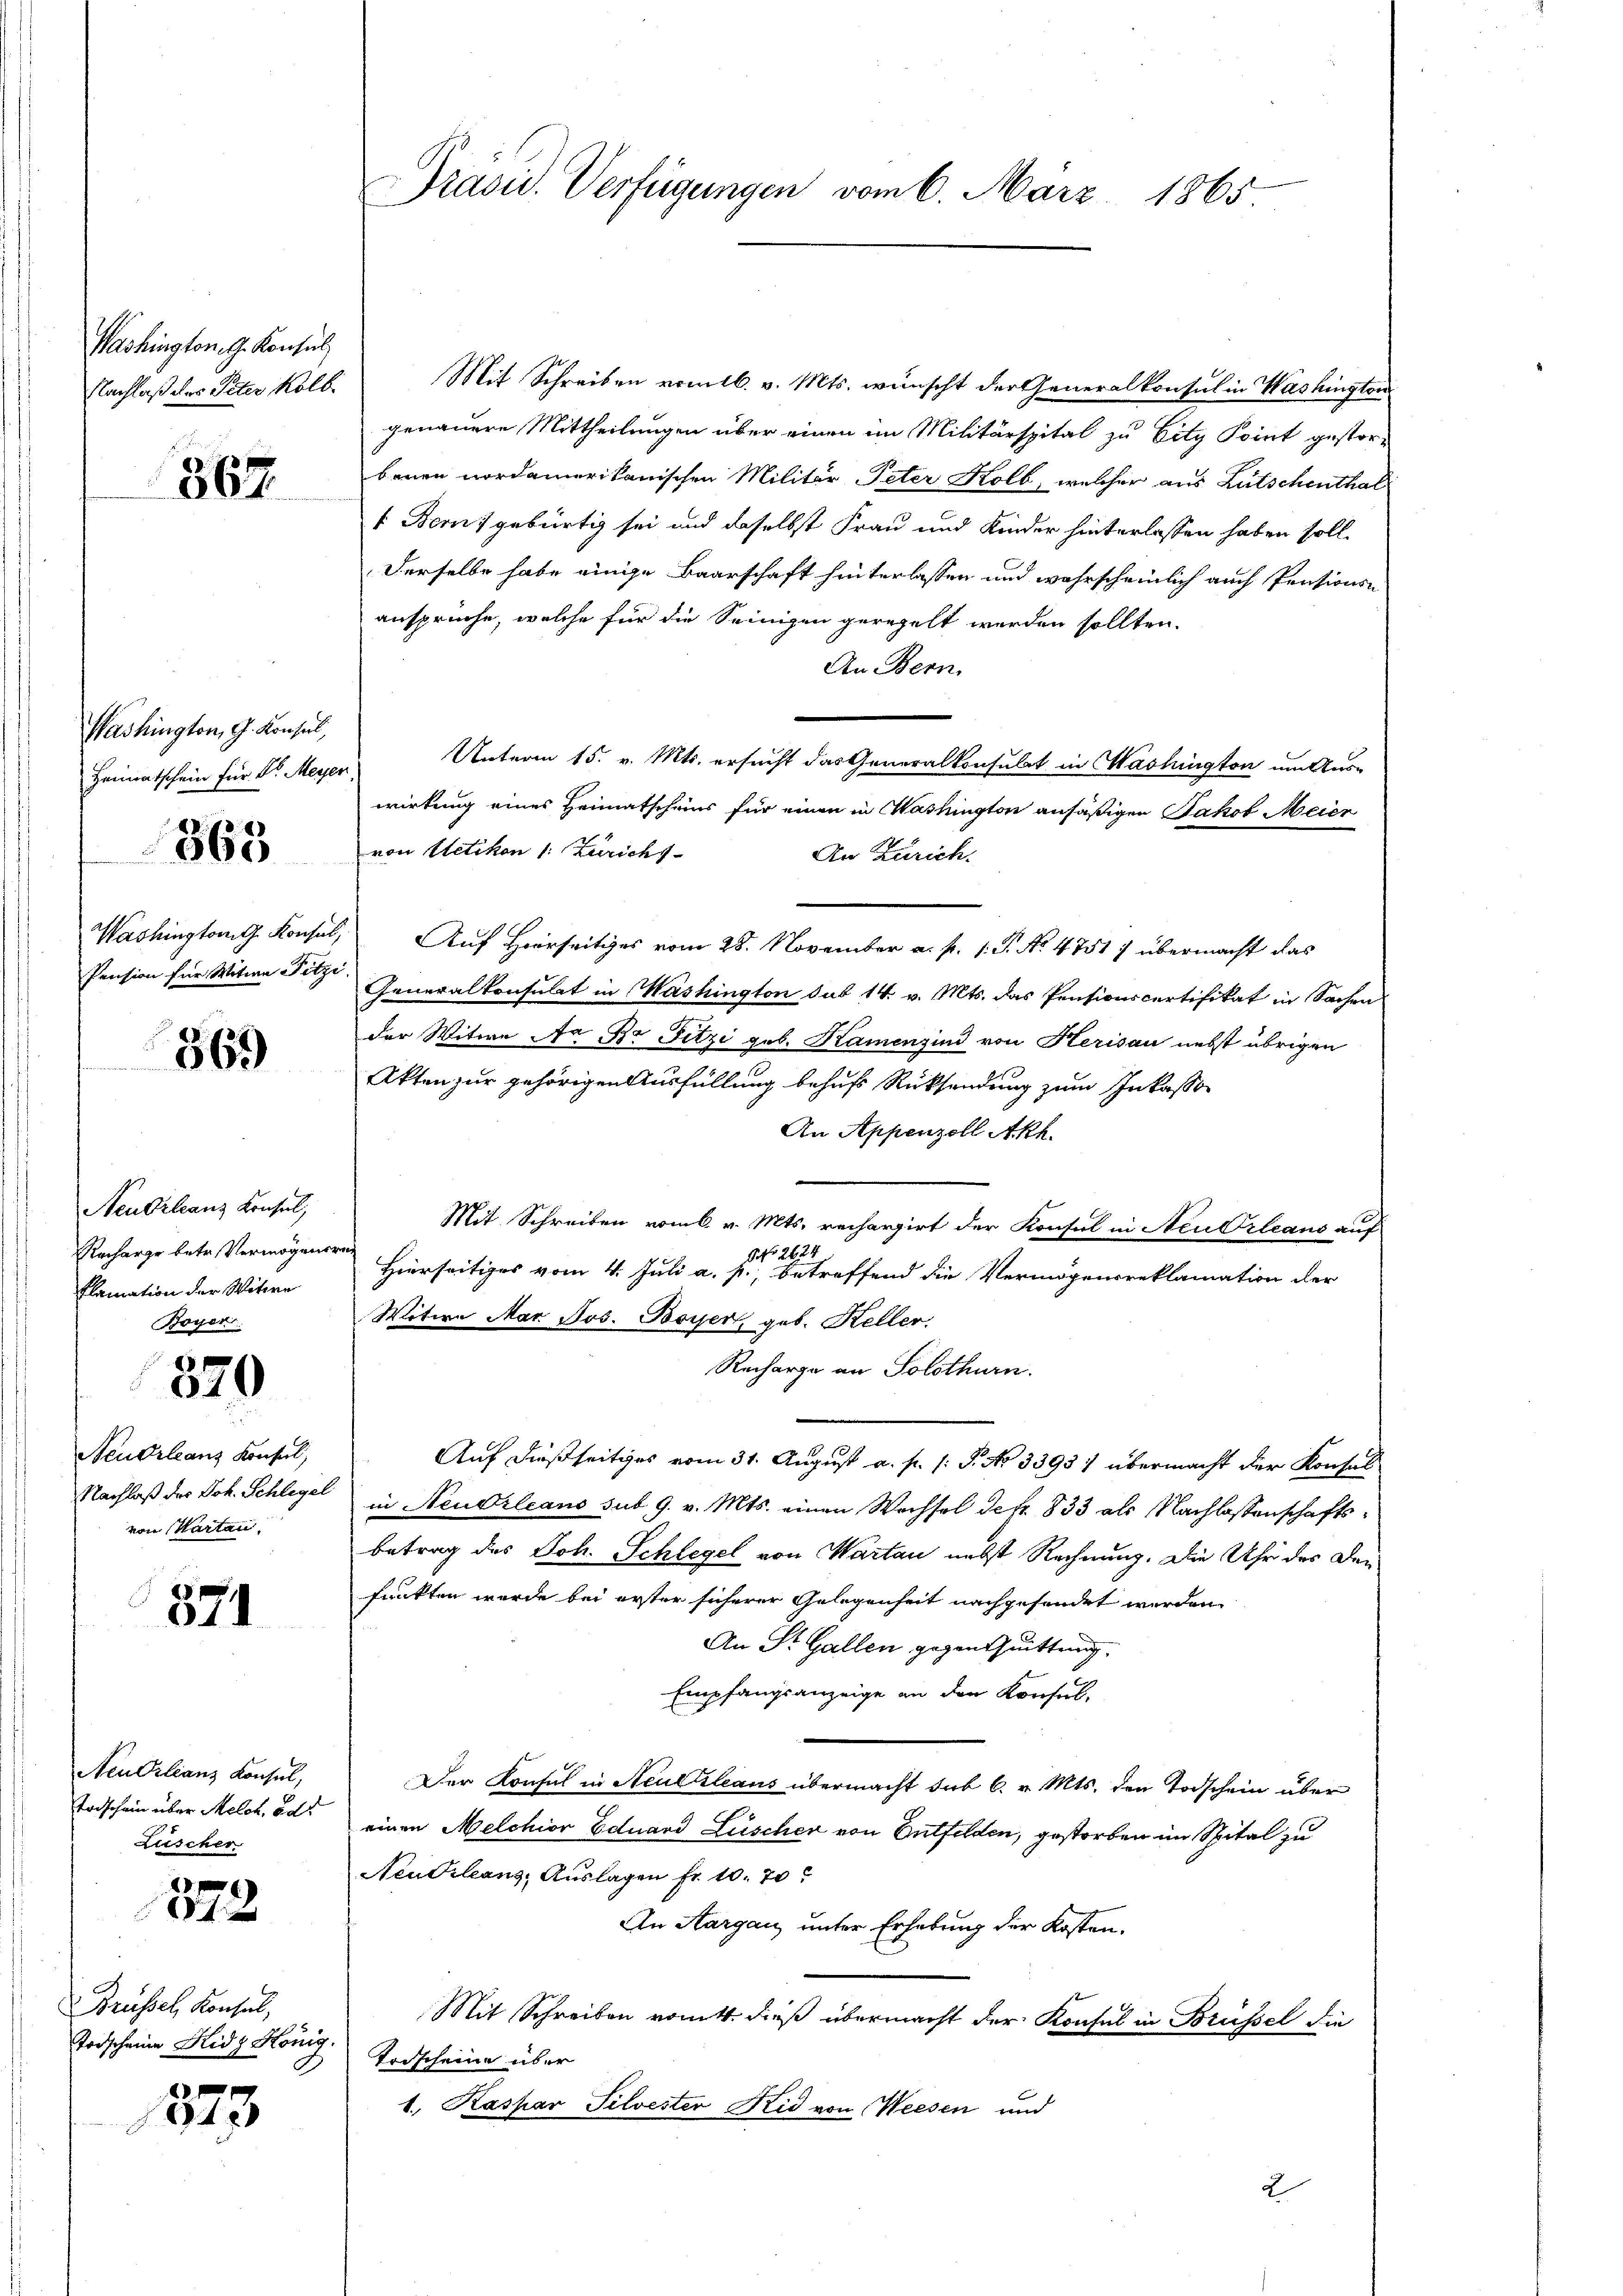
Washington G. Konsul,
Nachlaß des Peter Kolb.

367

Washington, G. Konsul,
363
Pension für Witwe Fitzi

369

Neubrleanz Konsul,
Recharge betr. Vermögensr
flamation der Witwe
Boyer

370

Neuerleans Konsul,
Nachlaß der Joh. Schlegel
von Wartau

37

Neu Orleanz Konsul,
Todschein über Melch, od
Luscher

Grüssel Konsul,
Todscheine Hidg König.

04 x

373

Präsid. Verfügungen vom 6. März 1865

Mit Schreiben vomtb. v. Mts. wünscht der Generalkonsul in Washington
genauere Mittheilungen über einen im Militärspital zu Eity Point gestorbauen nordamerikanischen Militär Peter Kolb, welcher aus Lutschenthal
1 Bern, gebürtig sei und daselbst Frau und Kinder hinterlassen haben soll.
Derselbe habe einige Baarschaft hinterlassen und wahrscheinlich auch Pensions-
ansprüche, welche für die Seinigen geregelt werden sollten.
An Bern,
Heimatschein für ds Meyer Unterm 15. v. Mts. ersucht das Generalkonsulat in Washington um Aus-
wirkung eines Heimatscheins für einen in Washington ansäßigen Jakob Meier
von Uetikon (: Zürichs-
An Zürich.
Washington Konsul, Auf Hierseitiges vom 28. November a. p. 1. S. No. 4751) übermacht das
Generalkonsulat in Washington sub 14 v. Mts. das Pensionscertifikat in Sachen
der Witwe Nr Dr Fitzi geb. Kamensind von Herisau nebst übrigen
Akten zur gehörigen Ausfüllung behufs Rücksendung zum Inkasse
An Appenzell Akh.
Mit Schreiben vom 6. v. Mts. rechargirt der Konsul in Neu Orleans auf
9 No 2624
Hierseitiges vom 4. Juli a. p., betreffend die Vermögensreklamation der
Witwe Mar Jos. Boyer, geb. Keller
Recharge an Solothurn.
Auf dießseitiges vom 31. August a. f. 1: P. No 33931 übermacht der Konsul
in Neudrleans sub 9. v. Mts. einen Wechsel defr. 833 als Nachlassenschaftsbetrag des Joh. Schlegel von Martan nebst Rechnung. Die Uhr des Den
funkten wurde bei erster sicherer Gelegenheit nachgefandet werden
An St. Gallen gegenthuittung.
Empfangsanzeige an den Konsul-
Der Konsul in Neuculeaus übermacht sub 6. v. Mts. den Todschein über
einen Melchior Eduard Lüscher von Entfelden, gestorben im Spital zu
Neudrleans, Auslagen fr. 10. 70
An Aargau unter Erhebung der Kosten.
Mit Schreiben womitt dieß übermacht der Konsul in Brüssel die
Torscheine über
1. Kaspar Silvester Kid von Weesen und
2